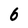
Character: 6